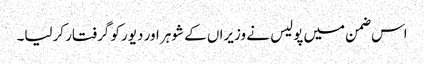
اس ضمن میں پولیس نے وزیراں کے شوہر اور دیور کو گرفتار کرلیا۔